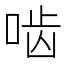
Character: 啮